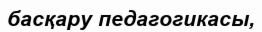
басқару педагогикасы,